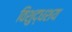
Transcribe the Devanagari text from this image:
विशुद्धशय